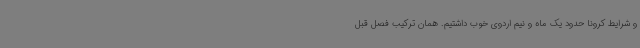
و شرایط کرونا حدود یک ماه و نیم اردوی خوب داشتیم. همان ترکیب فصل قبل